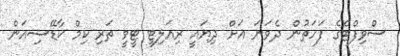
ސްވިފްޓްގެ ފަހަތުން ދެވަނަ އަށް ދިޔައީ ރިއަލިޓީ ޓީވީ ތަރި ކިމް ކާޑޭޝިއަން